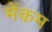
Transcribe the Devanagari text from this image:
मेंकम